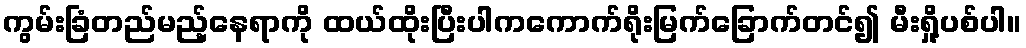
ကွမ်းခြံတည်မည့်နေရာကို ထယ်ထိုးပြီးပါကကောက်ရိုးမြက်ခြောက်တင်၍ မီးရှို့ပစ်ပါ။